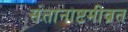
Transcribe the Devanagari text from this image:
संतानाष्टमीव्रत